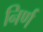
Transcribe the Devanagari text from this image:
निर्ण